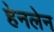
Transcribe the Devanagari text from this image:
हेनलेन